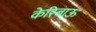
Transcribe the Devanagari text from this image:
केरिबाऊ